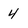
Character: 4